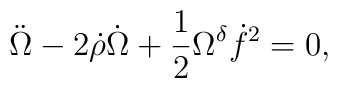
\ddot{\Omega} - 2 \dot{\rho} \dot{\Omega} +\frac{1}{2} \Omega^{\delta} \dot{f}^2 = 0 ,